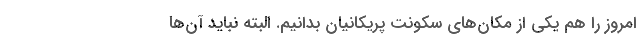
امروز را هم یکی از مکان‌های سکونت پریکانیان بدانیم. البته نباید آن‌ها